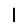
Digit: 1